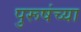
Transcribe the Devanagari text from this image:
पुरूषंच्या